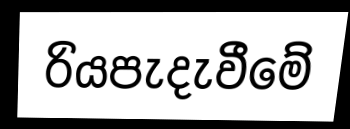
රියපැදැවීමේ